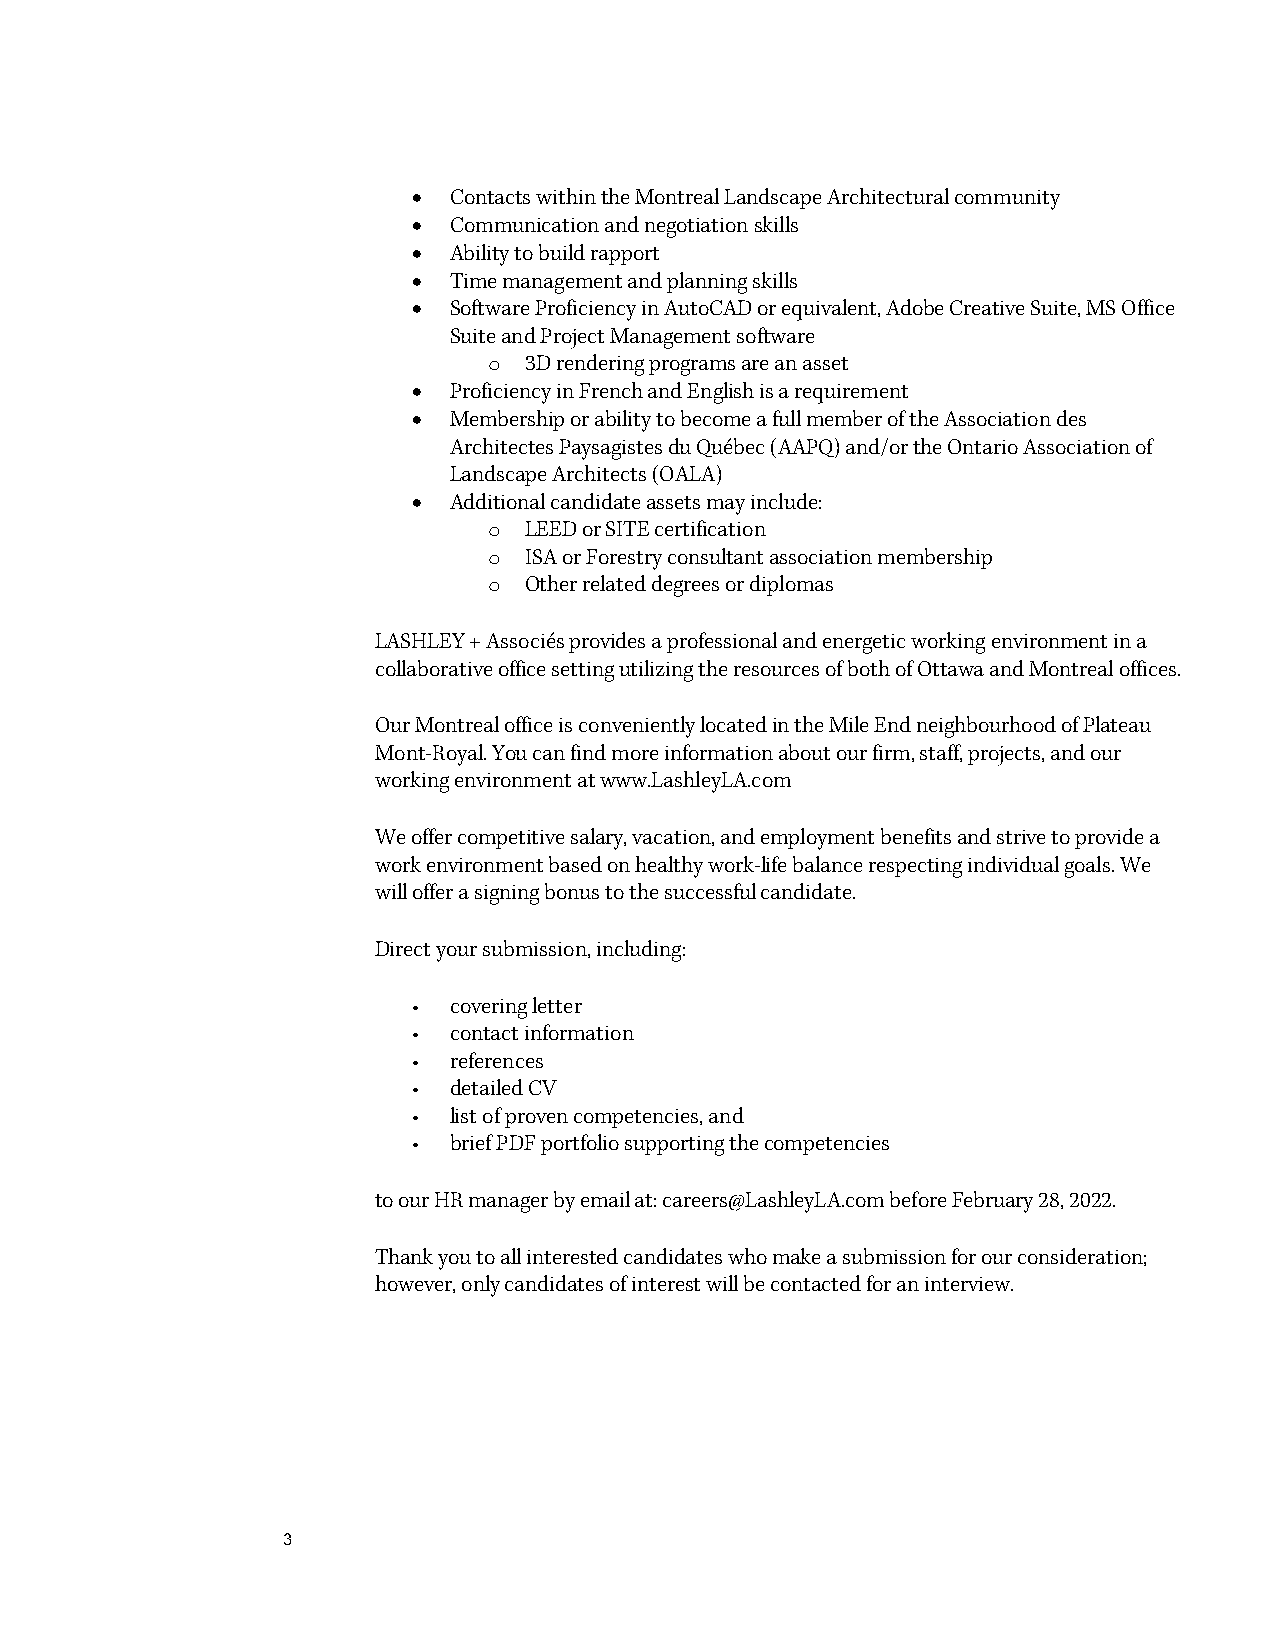
•  Contacts within the Montreal Landscape Architectural community
 •  Communication and negotiation skills
 •  Ability to build rapport
 •  Time management and planning skills
 •  Software Proficiency in AutoCAD or equivalent, Adobe Creative Suite, MS Office
 Suite and Project Management software
 o  3D rendering programs are an asset
 •  Proficiency in French and English is a requirement
 •  Membership or ability to become a full member of the Association des
 Architectes Paysagistes du Québec (AAPQ) and/or the Ontario Association of
 Landscape Architects (OALA)
 •  Additional candidate assets may include:
 o  LEED or SITE certification
 o  ISA or Forestry consultant association membership
 o  Other related degrees or diplomas
 LASHLEY + Associés provides a professional and energetic working environment in a
 collaborative office setting utilizing the resources of both of Ottawa and Montreal offices.
 Our Montreal office is conveniently located in the Mile End neighbourhood of Plateau
 Mont-Royal. You can find more information about our firm, staff, projects, and our
 working environment at www.LashleyLA.com
 We offer competitive salary, vacation, and employment benefits and strive to provide a
 work environment based on healthy work-life balance respecting individual goals. We
 will offer a signing bonus to the successful candidate.
 Direct your submission, including:
 •  covering letter
 •  contact information
 •  references
 •  detailed CV
 •  list of proven competencies, and
 •  brief PDF portfolio supporting the competencies
 to our HR manager by email at: careers@LashleyLA.com before February 28, 2022.
 Thank you to all interested candidates who make a submission for our consideration;
 however, only candidates of interest will be contacted for an interview.
 3